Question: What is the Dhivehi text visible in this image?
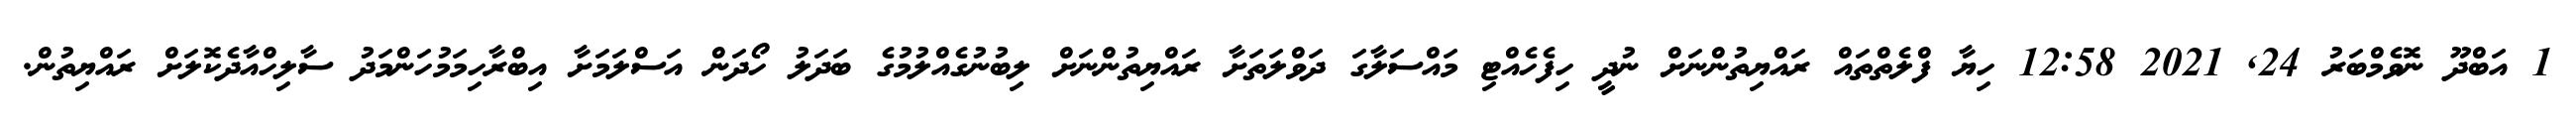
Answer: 1 އަބްދޫ ނޮވެމްބަރު 24, 2021 12:58 ހިޔާ ފްލެތްތައް ރައްޔިތުންނަށް ނުދީ ހިފެހެއްޓި މައްސަލާގަ ދަވްލަތަށާ ރައްޔިތުންނަށް ލިބުނުގެއްލުމުގެ ބަދަލު ހޯދަން އަސްލަމަށާ އިބްރާހިމަމުހަންމަދު ސާލިހްއާދެކޮލަށް ރައްޔިތުން.